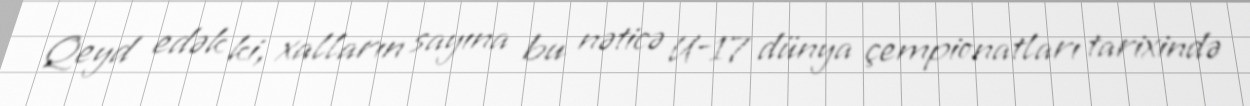
Qeyd edək ki, xalların sayına bu nəticə U-17 dünya çempionatları tarixində